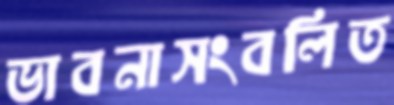
ভাবনাসংবলিত